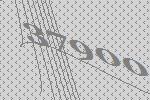
37900